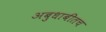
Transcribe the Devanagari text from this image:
अबुधाबीतच